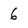
Character: 6